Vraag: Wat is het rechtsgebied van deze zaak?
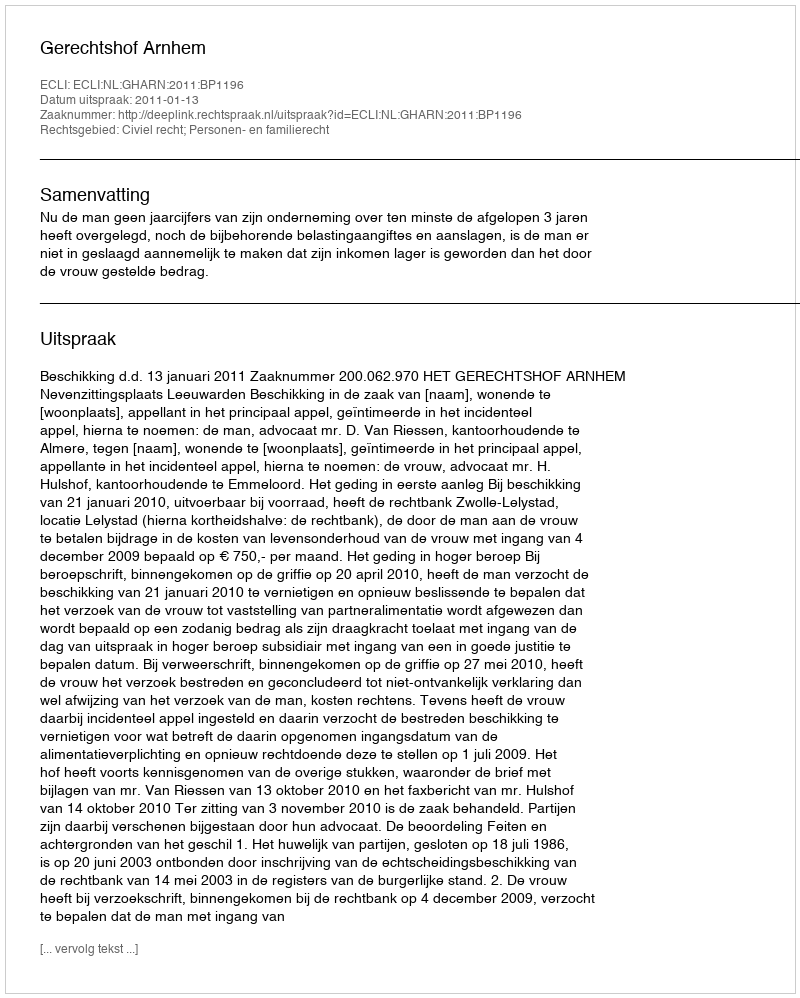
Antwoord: Civiel recht; Personen- en familierecht